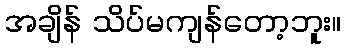
အချိန် သိပ်မကျန်တော့ဘူး။